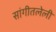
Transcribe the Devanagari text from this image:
सांगीतलेली